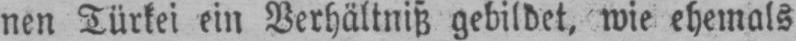
nen Türkei ein Verhältniß gebildet, wie ehemals